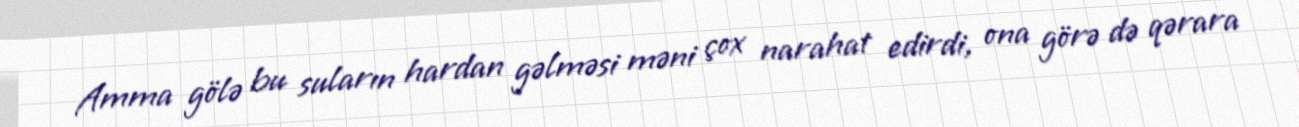
Amma gölə bu suların hardan gəlməsi məni çox narahat edirdi, ona görə də qərara